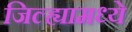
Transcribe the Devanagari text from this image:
जिल्‍ह्यामध्‍ये